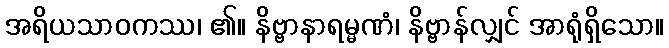
အရိယသာဝကဿ၊ ၏။ နိဗ္ဗာနာရမ္မဏံ၊ နိဗ္ဗာန်လျှင် အာရုံရှိသော။